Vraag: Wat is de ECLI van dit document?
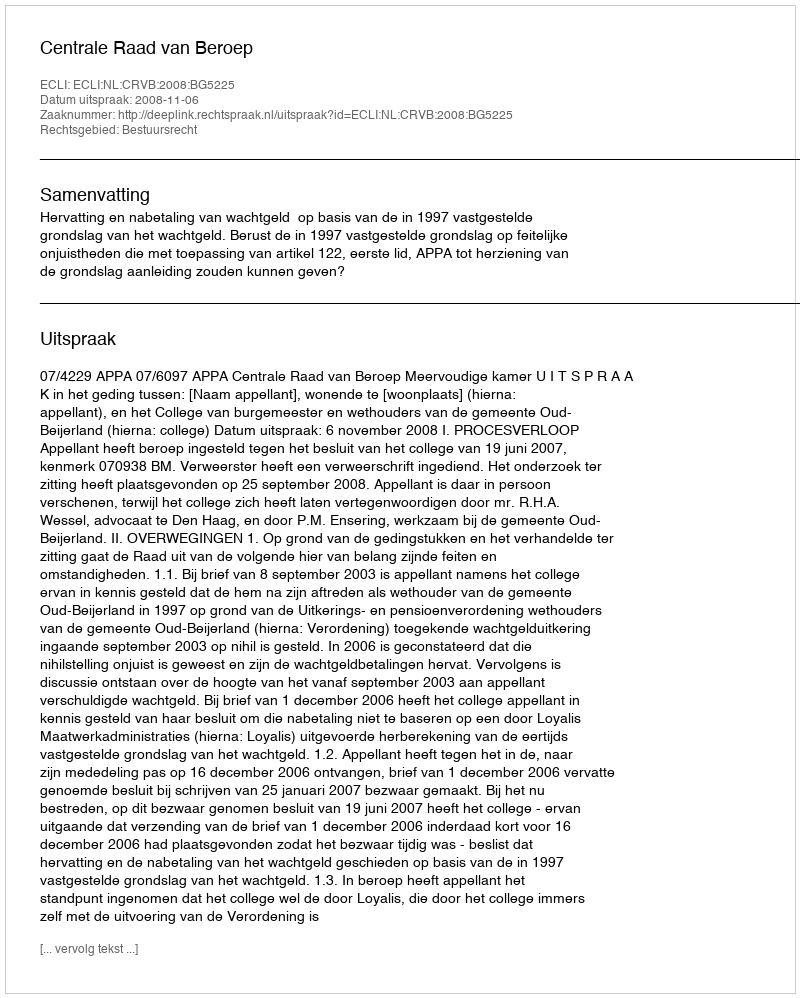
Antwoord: ECLI:NL:CRVB:2008:BG5225